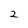
Character: 2